system: You are a helpful assistant.
user:
Analyze the provided spectrum to determine if it is a **Carbon Star (C-type)**.

- **Key Visual Indicators of Carbon Star:**
    - **(Primary):** Strong molecular absorption from **C₂ (diatomic carbon) "Swan Bands."** This is the **defining feature** of a carbon star.
        - **(Key Bandheads):** Sharp absorption edges are visible at approximately $5635$ Å, $5165$ Å (the strongest band), and $4737$ Å.
        - **(Line Profile):** Creates a distinct **"saw-tooth"** pattern. The key morphology is a sharp, steep bandhead on the **red (long-wavelength) side**, which then gradually tapers off (i.e., flux recovers) towards the **blue (short-wavelength) side**. *(This is the direct opposite of the TiO bands seen in M-type stars)*.

    - **(Secondary):** Intense **CN (cyanogen)** molecular absorption bands.
        - **(Key Bandheads):** Located in the blue and violet regions of the spectrum (e.g., near $4215$ Å and $3883$ Å).
        - **(Morphology):** These bands are extremely broad and act as a "blanket," absorbing the vast majority of blue and violet light. This creates a characteristic **"cliff"** or **"steep drop-off"** in the spectrum's flux at short wavelengths.

    - **(Key Confirmation):** Strong **CH absorption band (G-band)**.
        - **(Key Bandhead):** Located around $4300$ Å. The contribution from CH molecules to this band is exceptionally strong.

    - **(Overall Spectrum):**
        - The continuum is severely "chopped up" by these deep molecular bands, especially C₂, rather than appearing as a smooth curve.
        - Due to the heavy CN and C₂ absorption in the blue-green, the vast majority of the star's flux is concentrated in the red part of the spectrum, giving the star its characteristic deep red color.

Think first, call **spectral_visualization_tool** if needed to examine features in detail, then provide your final answer. Your response must adhere to the following strict rules:
1.  **Overall Structure:** Your response must follow the format `<think>...</think> <tool_call>...</tool_call> (if a tool is used) <answer>...</answer>`.
2.  **Tool Usage Constraint:** You may only make **one** tool call per turn.
3.  **Final Answer Format:** In the `<answer>` tag, your conclusion must be inside a `\boxed{}` command (e.g., `\boxed{YES}`), followed by your justification.

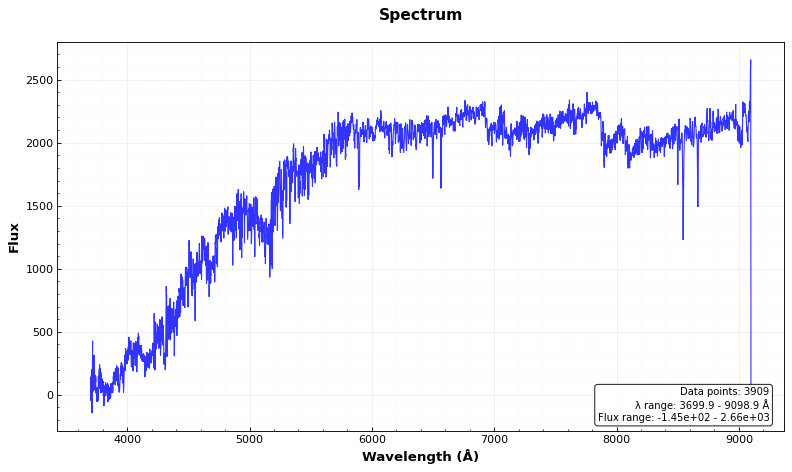
Answer: YES